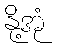
နို့အုံ